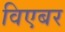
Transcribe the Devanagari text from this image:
विएबर